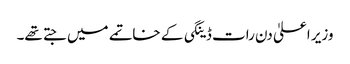
وزیر اعلیٰ دن رات ڈینگی کے خاتمے میں جتے تھے۔